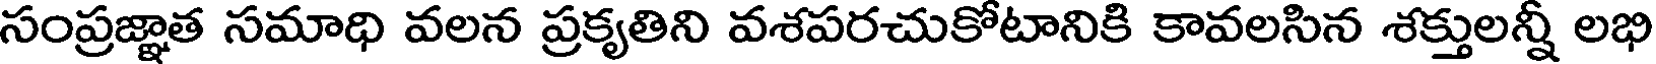
సంప్రజ్ఞాత సమాధి వలన ప్రకృతిని వశపరచుకోటానికి కావలసిన శక్తులన్నీ లభి